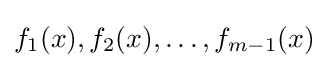
f_{1}(x),f_{2}(x),\dots ,f_{m-1}(x)